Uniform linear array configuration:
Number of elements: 48
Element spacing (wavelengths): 0.5
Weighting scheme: cosine
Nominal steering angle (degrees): -45
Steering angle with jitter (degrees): -46.69
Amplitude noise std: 0.05
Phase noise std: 0.05

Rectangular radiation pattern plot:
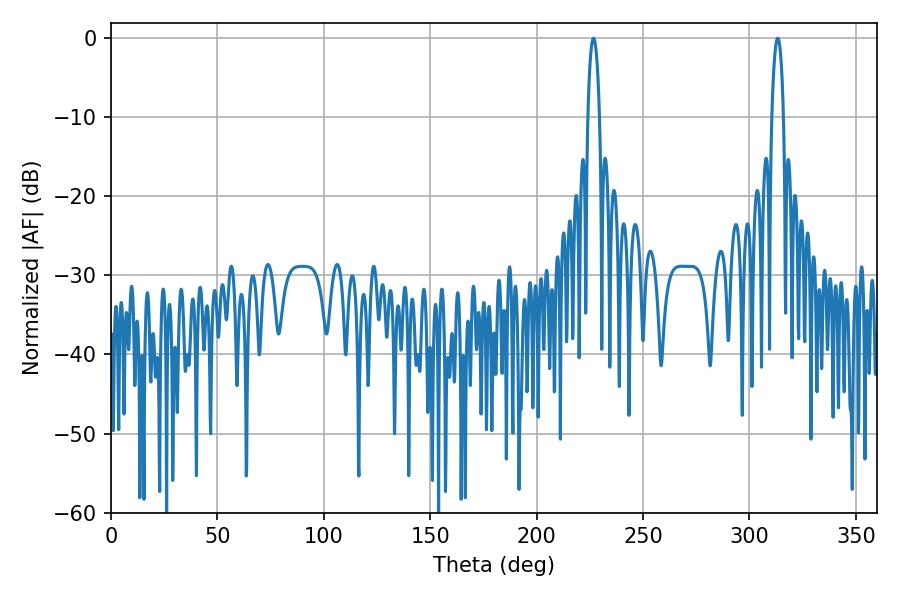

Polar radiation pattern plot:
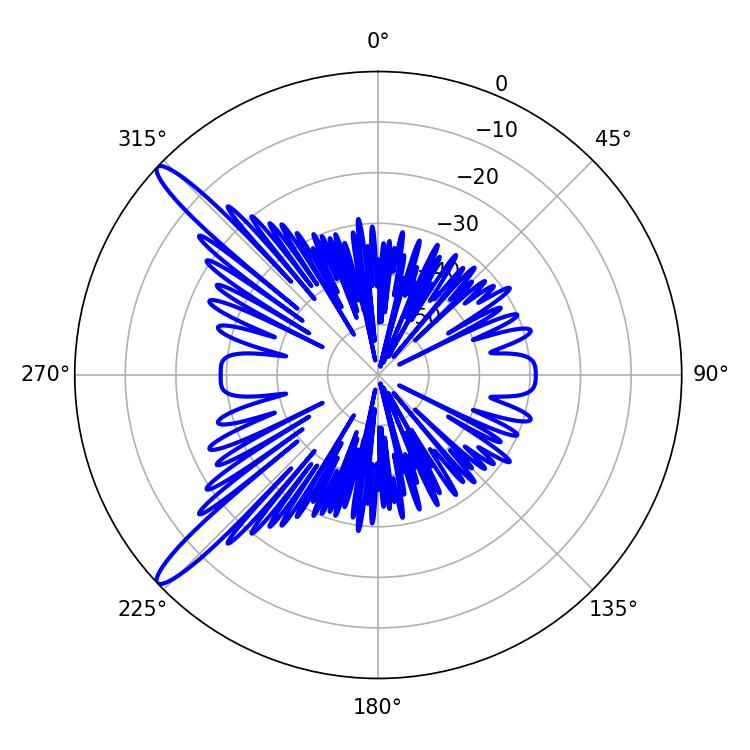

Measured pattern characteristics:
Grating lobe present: FALSE
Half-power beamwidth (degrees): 3.06
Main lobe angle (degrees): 226.8